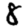
Digit: 8